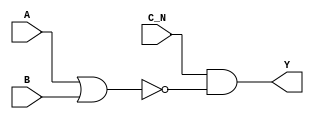
module sky130_fd_sc_ms__nor3b_7 (
    Y  ,
    A  ,
    B  ,
    C_N
);
    output Y  ;
    input  A  ;
    input  B  ;
    input  C_N;
    wire nor0_out  ;
    wire and0_out_Y;
    nor nor0 (nor0_out  , A, B           );
    and and0 (and0_out_Y, C_N, nor0_out  );
    buf buf0 (Y         , and0_out_Y     );
endmodule